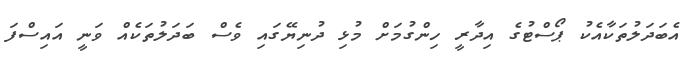
އެބަދަލުތަކާއެކު ޕޯސްޓުގެ އިދާރީ ހިންގުމަށް މުޅި ދުނިޔޭގައި ވެސް ބަދަލުތަކެއް ވަނީ އައިސްފަ